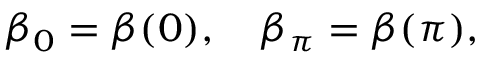
\beta _ { 0 } = \beta ( 0 ) , \quad \beta _ { \pi } = \beta ( \pi ) ,